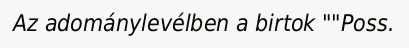
Az adománylevélben a birtok ""Poss.